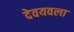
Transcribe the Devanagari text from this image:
देवयवला